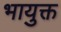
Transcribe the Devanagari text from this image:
भायुक्त